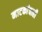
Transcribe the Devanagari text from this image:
नाटकांचाही